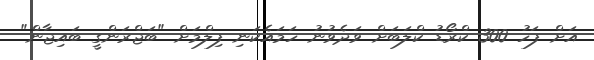
އަށް ފަހު 300 ކްރޯޑު ކްލަބަށް ވަދެވުނު ހަމައެކަނި ފިލްމަށް "ބަޖްރަންގީ ބައިޖާން"